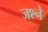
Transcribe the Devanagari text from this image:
जश्ने